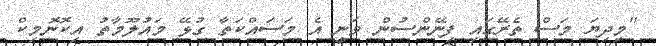
"މިދިޔަ މަސް ތެރޭގައި ފިނޭންސުން ވަނީ އެ މަސައްކަތާ ގުޅޭ މައުލޫމާތު އިކޮނޮމިކް